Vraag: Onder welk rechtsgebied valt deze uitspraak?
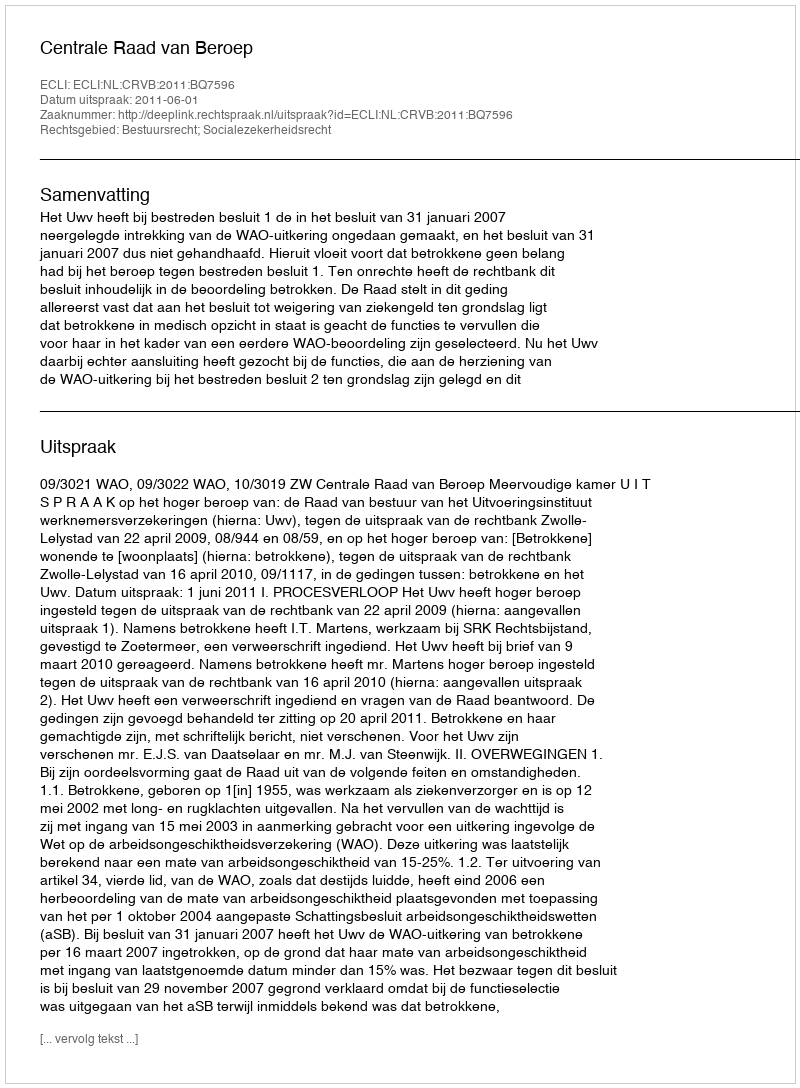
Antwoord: Bestuursrecht; Socialezekerheidsrecht